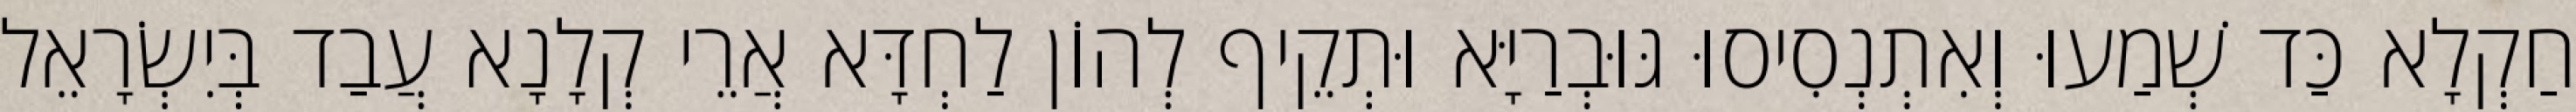
חַקְלָא כַּד שְׁמַעוּ וְאִתְנְסִיסוּ גּוּבְרַיָּא וּתְקֵיף לְהוֹן לַחְדָּא אֲרֵי קְלָנָא עֲבַד בְּיִשְׂרָאֵל